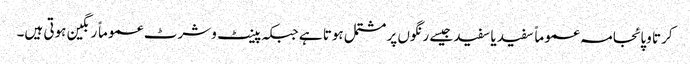
کرتا وپائجامہ عموماً سفید یا سفید جیسے رنگوں پر مشتمل ہوتا ہے جبکہ پینٹ وشرٹ عموماً رنگین ہوتی ہیں۔